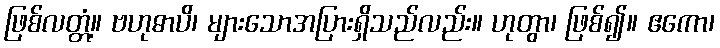
ဖြစ်လတ္တံ့။ ဗဟုဓာပိ၊ များသောအပြားရှိသည်လည်း။ ဟုတွာ၊ ဖြစ်၍။ ဧကော၊